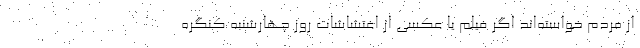
از مردم خواسته‌اند اگر فیلم یا عکسی از اغتشاشات روز چهارشنبه کنگره